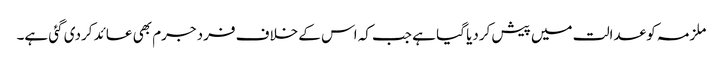
ملزمہ کو عدالت میں پیش کردیا گیا ہے جب کہ اس کے خلاف فرد جرم بھی عائد کردی گئی ہے۔